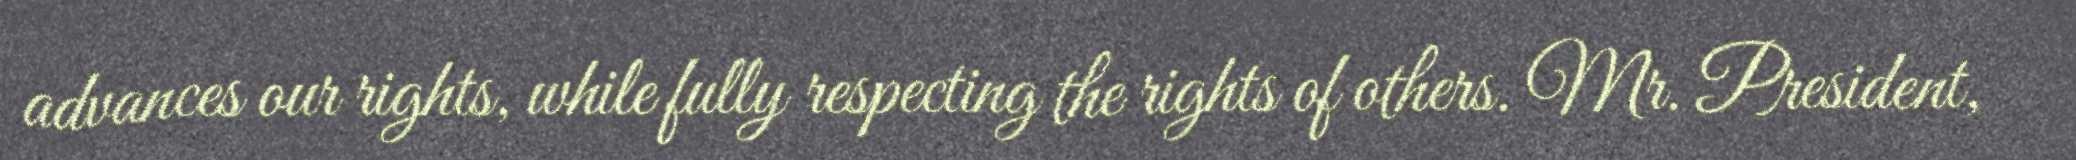
advances our rights, while fully respecting the rights of others. Mr. President,